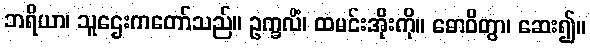
ဘရိယာ၊ သူဌေးကတော်သည်။ ဥက္ခလိံ၊ ထမင်းအိုးကို။ ဓောဝိတွာ၊ ဆေး၍။